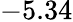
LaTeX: -5.34